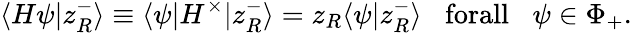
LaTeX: \langle H\psi|z_{R}^{-}\rangle\equiv\langle\psi|H^{\times}|z_{R}^{-}\rangle=z_{R}\langle\psi|z_{R}^{-}\rangle\, \, \, \, \, \textup{forall}\, \, \, \, \, \psi\in\Phi_{+}.